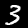
Label: 3